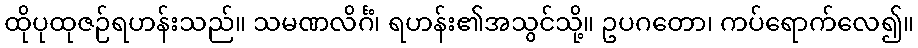
ထိုပုထုဇဉ်ရဟန်းသည်။ သမဏလိင်္ဂံ၊ ရဟန်း၏အသွင်သို့။ ဥပဂတော၊ ကပ်ရောက်လေ၍။